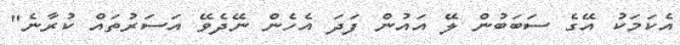
އެކަމަކު އޭގެ ސަބަބުން ލޭ އައުން ފަދަ އެހެން ނޭދެވޭ އަސަރުތައް ކުރާނެ"